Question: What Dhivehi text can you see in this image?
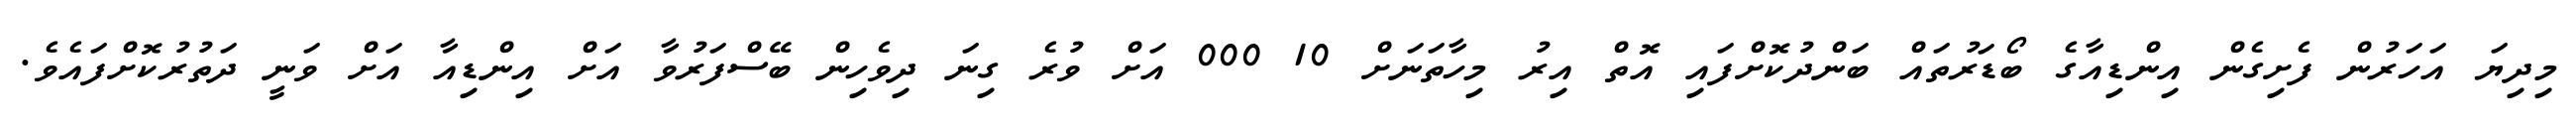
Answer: މިދިޔަ އަހަރުން ފެށިގެން އިންޑިއާގެ ބޯޑަރުތައް ބަންދުކޮށްފައި އޮތް އިރު މިހާތަނަށް 10 000 އަށް ވުރެ ގިނަ ދިވެހިން ބޭސްފަރުވާ އަށް އިންޑިއާ އަށް ވަނީ ދަތުރުކޮށްފައެވެ.